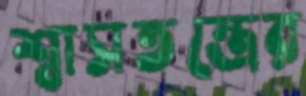
শ্বাসতন্ত্রের